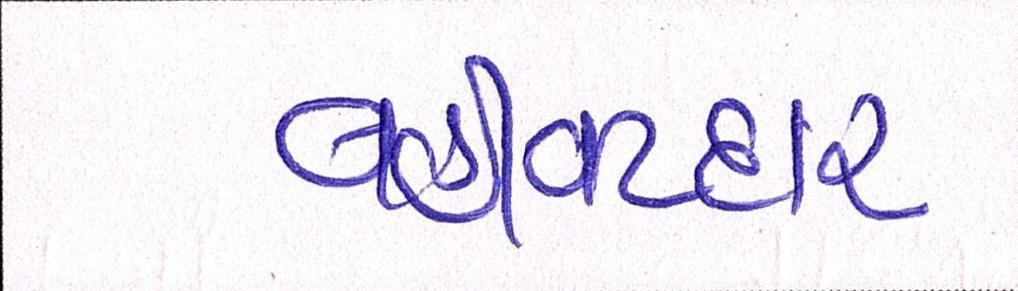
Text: વહીવટદાર